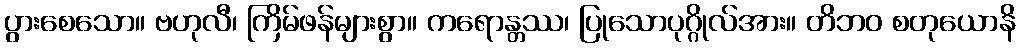
ပွားစေသော။ ဗဟုလီ၊ ကြိမ်ဖန်များစွာ။ ကရောန္တဿ၊ ပြုသောပုဂ္ဂိုလ်အား။ တိဘဝ စတုယောနိ